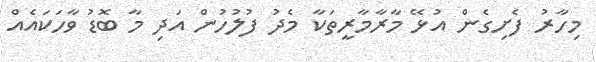
މިހާރު ފެށިގެން އުޅޭ މާރާމާރީތަކާ މެދު ފުލުހުން އަދި މާ ބޮޑު ވާހަކައެއް